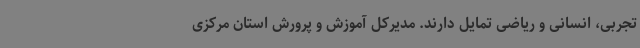
تجربی، انسانی و ریاضی تمایل دارند. مدیرکل آموزش و پرورش استان مرکزی